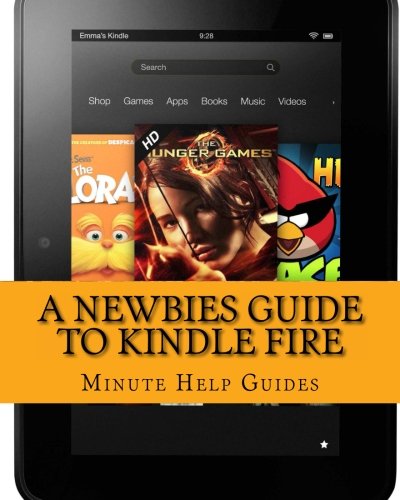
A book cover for A Newbies Guide to Kindle Fire: Kindle Fire HD 8.9, Kindle for dummies, Kindle Fire HD tricks, Kindle help, Kindle HD (Minute Help Guides); Minute Help Guides; Computers & Technology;